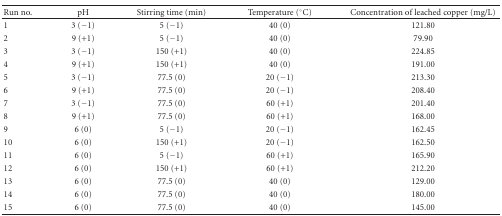
<table><thead><tr><td><b>Run no.</b></td><td><b>pH</b></td><td><b>Stirring time (min)</b></td><td><b>Temperature (°C)</b></td><td><b>Concentration of leached copper (mg/L)</b></td></tr></thead><tbody><tr><td>1</td><td>3 (−1)</td><td>5 (−1)</td><td>40 (0)</td><td>121.80</td></tr><tr><td>2</td><td>9 (+1)</td><td>5 (−1)</td><td>40 (0)</td><td>79.90</td></tr><tr><td>3</td><td>3 (−1)</td><td>150 (+1)</td><td>40 (0)</td><td>224.85</td></tr><tr><td>4</td><td>9 (+1)</td><td>150 (+1)</td><td>40 (0)</td><td>191.00</td></tr><tr><td>5</td><td>3 (−1)</td><td>77.5 (0)</td><td>20 (−1)</td><td>213.30</td></tr><tr><td>6</td><td>9 (+1)</td><td>77.5 (0)</td><td>20 (−1)</td><td>208.40</td></tr><tr><td>7</td><td>3 (−1)</td><td>77.5 (0)</td><td>60 (+1)</td><td>201.40</td></tr><tr><td>8</td><td>9 (+1)</td><td>77.5 (0)</td><td>60 (+1)</td><td>168.00</td></tr><tr><td>9</td><td>6 (0)</td><td>5 (−1)</td><td>20 (−1)</td><td>162.45</td></tr><tr><td>10</td><td>6 (0)</td><td>150 (+1)</td><td>20 (−1)</td><td>162.50</td></tr><tr><td>11</td><td>6 (0)</td><td>5 (−1)</td><td>60 (+1)</td><td>165.90</td></tr><tr><td>12</td><td>6 (0)</td><td>150 (+1)</td><td>60 (+1)</td><td>212.20</td></tr><tr><td>13</td><td>6 (0)</td><td>77.5 (0)</td><td>40 (0)</td><td>129.00</td></tr><tr><td>14</td><td>6 (0)</td><td>77.5 (0)</td><td>40 (0)</td><td>180.00</td></tr><tr><td>15</td><td>6 (0)</td><td>77.5 (0)</td><td>40 (0)</td><td>145.00</td></tr></tbody></table>